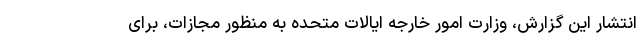
انتشار این گزارش، وزارت امور خارجه ایالات متحده به منظور مجازات، برای